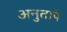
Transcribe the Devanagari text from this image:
अनुतापे